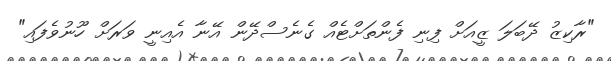
"ރާކިޒު ދޭބަލަ ޒީއަށް ފިނި ފެންތަށްޓެއް ގެނެސްދޭން އޭނާ އެއިނީ ވަރަށް ހޫނުވެފައި"